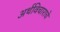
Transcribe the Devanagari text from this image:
अर्थविचाराचे